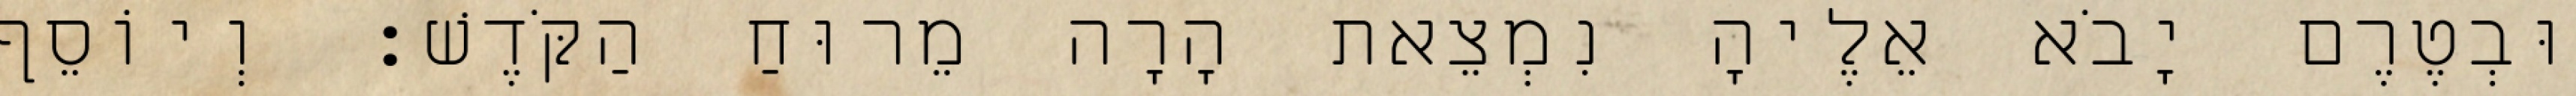
וּבְטֶרֶם יָבֹא אֵלֶיהָ נִמְצֵאת הָרָה מֵרוּחַ הַקֹּדֶשׁ׃ וְיוֹסֵף